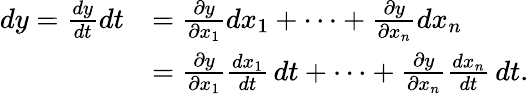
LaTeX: {\begin{array}{rl}{dy={\frac{dy}{dt}}dt}&{={\frac{\partial y}{\partial x_{1}}}dx_{1}+\cdots+{\frac{\partial y}{\partial x_{n}}}dx_{n}}\\ &{={\frac{\partial y}{\partial x_{1}}}{\frac{dx_{1}}{dt}}\, dt+\cdots+{\frac{\partial y}{\partial x_{n}}}{\frac{dx_{n}}{dt}}\, dt.}\end{array}}